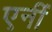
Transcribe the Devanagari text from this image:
एनीं